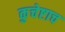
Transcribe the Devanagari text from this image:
कुचेष्टाच